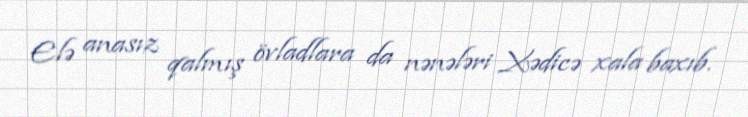
Elə anasız qalmış övladlara da nənələri Xədicə xala baxıb.